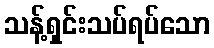
သန့်ရှင်းသပ်ရပ်သော